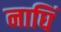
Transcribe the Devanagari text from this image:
नाघिं